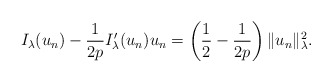
\begin{align*}I_{\lambda}(u_n)-\frac{1}{2p}I'_{\lambda}(u_n)u_n=\left( \frac{1}{2}-\frac{1}{2p}\right)\|u_n\|^2_{\lambda}.\end{align*}